Burma Government Medical School reports 1923-41
Year: 1923
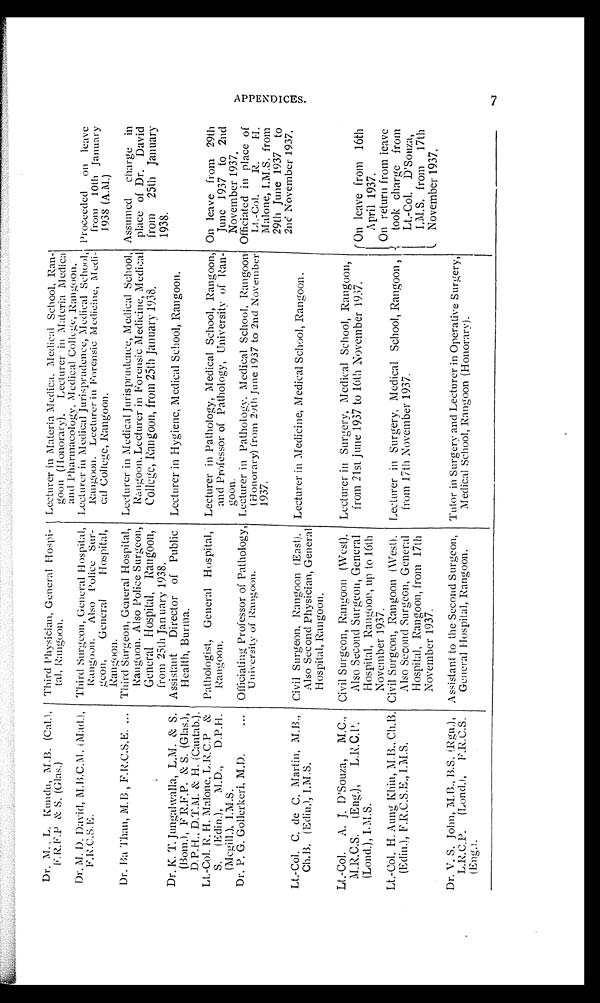
Dr. M. , L. Kundu, M.B. (Cal.),
F.R.F.P & S. (Glas.)
Third Physician, General Hospi-
tal, Rangoon.)
Lecturer in Materia Medica, Medical School, Ran-
goon (Honorary). Lecturer in Materia Medica
and Pharmacology, Medical College, Rangoon.
Dr. M. D. David, M.B.C.M. (Mad.), F . R . C . S . E . Third Surgeon, General Hospital,
Rangoon. Also Police Sur-
goon, General Hospital,
Rangoon.
Lecturer in Medical Jurisprudence, Medical School,
Rangoon. Lecturer in Forensic Medicine, Medi-
cal College, Rangoon.
Proceeded on leave
from 10th January
1938 (A.M.)
Dr. Ba Than, M. B., F.R.C.S.E. Third Surgeon, General Hospital,
Rangoon. Also Police Surgeon,
General Hospital, Rangoon,
from 25th January 1938.
Lecturer in Medical Jurisprudence, Medical School,
Rangoon. Lecturer in Forensic Medicine, Medical
College, Rangoon, from 25th January 1938.
Assumed charge in
place of Dr. David
from 25th January
1938.
Dr. K. T. Jungalwalla, L.M. & S.
(Bom.), F R.F.P. & S. (Glas.),
D.P.H., D.T.M. & H. (Cantab.).
Assistant Director of Public
Health, Burma.
Lecturer in Hygiene, Medical School, Rangoon.
Lt.-Col. R. H. Malone, L.R.C.P &
S. (Edin.), M.D., D.P.H.
(Mcgill.),I .M.S.
Pathologist, General Hospital,
Rangoon.
Lecturer in Pathology, Medical School, Rangoon,
and Professor of Pathology, University of Ran-
goon.
On leave from 29th
June 1937 to 2nd
November 1937.
Dr. P. G. Gollerkeri, M.D.
Officiating Professor of Pathology,
University of Rangoon.
Lecturer in Pathology. Medical School, Rangoon
(Honorary) from 29th June 1937 to 2nd November
1937.
Officiated in place of
Lt.-Col. R. H.
Malone, I.M.S. from
29th June 1937 to
2nc' November 1937.
Lt.-Col. C.
d e
C .
M a r t i n ,
M . B . ,
Ch.B. (Edin.), I.M.S.
Civil Surgeon, Rangoon (East).
Also Second Physician, General
Hospital, Rangoon.
Lecturer in Medicine, Medical School, Rangoon.
Lt.-Col. A. J .
D ' S o u z a ,
M . C . ,
M.R.C.S.
( E n g , ) ,
L . R . C . P .
(Lond.), I.M.S.
Civil Surgeon, Rangoon (West).
Also Second Surgeon, General
Hospital, Rangoon, up to 16th
November 1937.
Lecturer in Surgery, Medical School, Rangoon,
from 21st june 1937 to 16th November 1937. ( On leave from 16th
April 1937.
On return from leave
took charge from
Lt.-Col. D' Souza,
I.M.S, from 17th
November 1937.
Lt.-Col. H. Aung Khin, M.B., Ch.B.
( E d i n . ) , F . R . C . S . E . , I . M . S .
Civil Surgeon, Rangoon (West).
Also Second Surgeon, General
Hospital, Rangoon, from 17th
November 1937.
Lecturer in Surgery, Medical School, Rangoon ,
f r o m 1 7 t h N o v e m b e r 1 9 3 7 .
Dr. V. S. John, M.B., B.S. (Rgn.),
L.R.C.P. (Lond.), F . R . C . S .
(Eng.).
Assistant to the Second Surgeon,
General Hospital, Rangoon. Tutor in Surgery and Lecturer in Operative Surgery,
Medical School, Rangoon (Honorary).
7